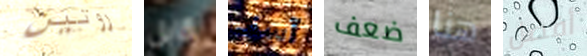
روتين كابل آسف ضعف هنا أفضل